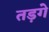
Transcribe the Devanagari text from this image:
तड़गे